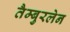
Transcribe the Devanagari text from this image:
तैम्बुरलेन